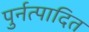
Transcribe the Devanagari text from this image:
पुर्नत्पादित